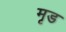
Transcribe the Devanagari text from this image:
मृड